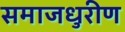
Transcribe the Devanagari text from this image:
समाजधुरीण